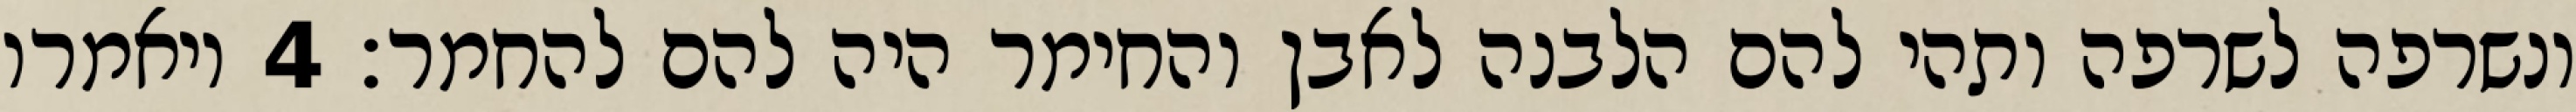
ונשרפה לשרפה ותהי להם הלבנה לאבן והחימר היה להם להחמר׃ ‎4‏ ויאמרו